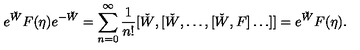
e ^ { \check { W } } F ( \eta ) e ^ { - \check { W } } = \sum _ { n = 0 } ^ { \infty } \frac { 1 } { n ! } [ \check { W } , [ \check { W } , \ldots , [ \check { W } , F ] \ldots ] ] = e ^ { \check { W } } F ( \eta ) .